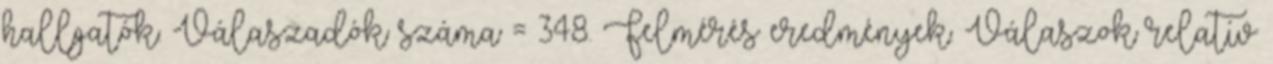
hallgatók. Válaszadók száma = 348. Felmérés eredmények. Válaszok relatív